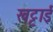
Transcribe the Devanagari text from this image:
खट्टाई